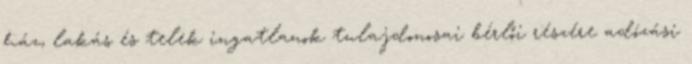
ház, lakás és telek ingatlanok tulajdonosai bérlői részére adózási